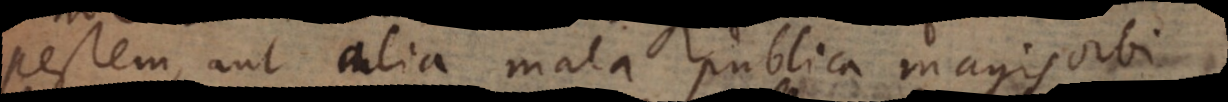
pestem, aut alia mala publica magis orbi